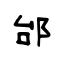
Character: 邰